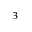
^ 3